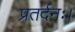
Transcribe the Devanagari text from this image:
प्रतर्दनः।